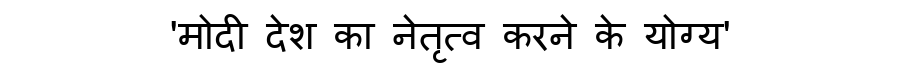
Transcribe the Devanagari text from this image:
'मोदी देश का नेतृत्व करने के योग्य'